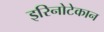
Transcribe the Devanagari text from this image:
इरिनोटेकान